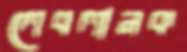
লেবলানক